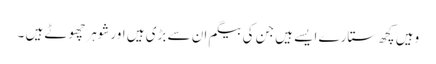
وہیں کچھ ستارے ایسے ہیں جن کی بیگم ان سے بڑی ہیں اورشوہرچھوٹے ہیں ۔